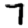
Digit: 7